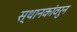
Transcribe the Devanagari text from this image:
स्थानकांवरुन